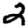
Digit: 2